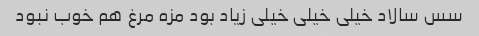
سس سالاد خیلی خیلی خیلی زیاد بود مزه مرغ هم خوب نبود